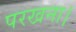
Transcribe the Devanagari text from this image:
परखना।